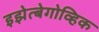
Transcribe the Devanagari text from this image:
इझेत्बेगोव्हिक